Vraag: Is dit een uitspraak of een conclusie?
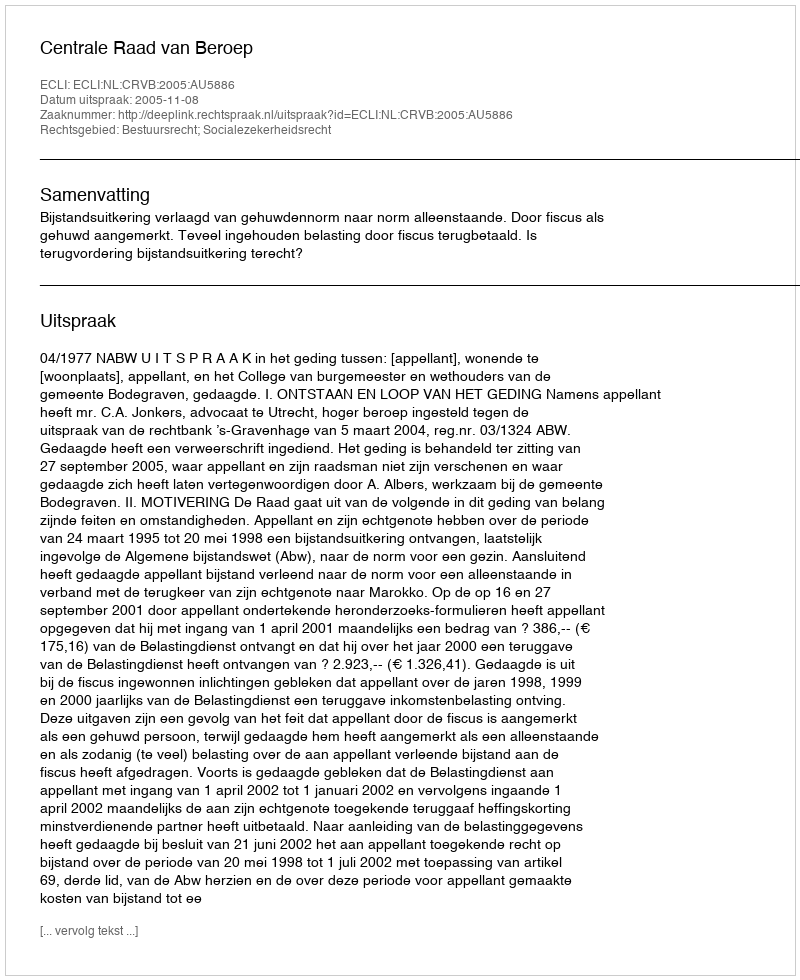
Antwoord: Uitspraak